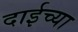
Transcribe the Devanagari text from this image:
दाईच्या